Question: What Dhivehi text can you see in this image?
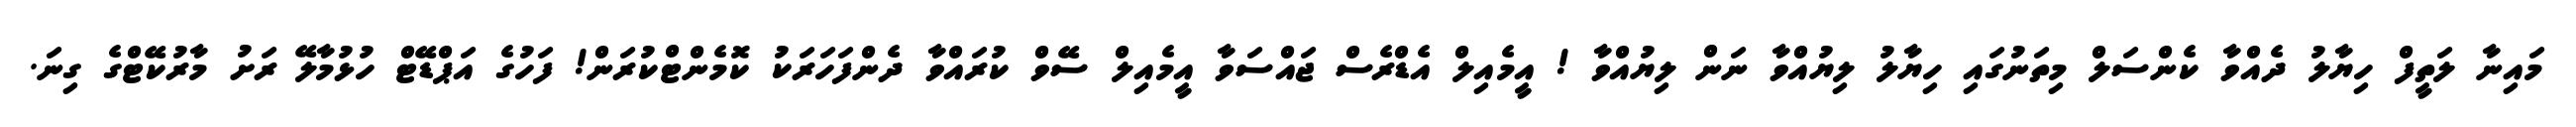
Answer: މައިނާ ލަތީފް ހިޔާލު ދެއްވާ ކެންސަލް މިތަނުގައި ހިޔާލު ލިޔުއްވާ ނަން ލިޔުއްވާ ! އީމެއިލް އެޑްރެސް ޖައްސަވާ އީމެއިލް ސޭވް ކުރައްވާ ދެންފަހަރަކު ކޮމެންޓްކުރަން! ފަހުގެ އަޕްޑޭޓް ހުޅުމާލޭ ރަށު މާރުކޭޓްގެ ގިނަ.